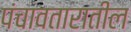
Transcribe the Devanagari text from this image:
पंचावतारातील